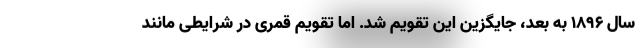
سال ۱۸۹۶ به بعد، جایگزین این تقویم شد. اما تقویم قمری در شرایطی مانند